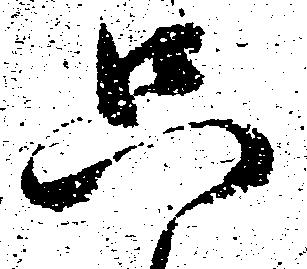
只